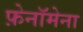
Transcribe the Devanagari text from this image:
फ़ेनॉमेना